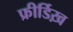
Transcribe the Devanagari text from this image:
फ्रीर्डिख़